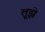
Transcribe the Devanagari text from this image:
तूझे